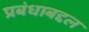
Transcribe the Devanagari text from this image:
प्रबंधाबद्दल